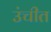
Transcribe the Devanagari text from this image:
उंचीत